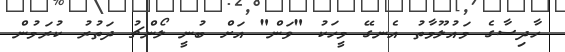
ހާދިސާގެ މައުލޫމާތު އެނގޭ މީހަކު "ވަން" އަށް ބުނީ ލޯންޗު ދަތުރު ކުރަމުން